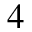
_ 4